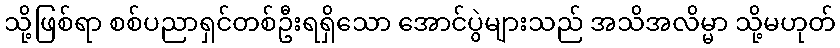
သို့ဖြစ်ရာ စစ်ပညာရှင်တစ်ဦးရရှိသော အောင်ပွဲများသည် အသိအလိမ္မာ သို့မဟုတ်